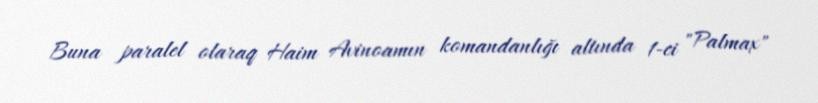
Buna paralel olaraq Haim Avinoamın komandanlığı altında 1-ci "Palmax"